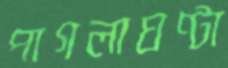
পাগলাঘণ্টা